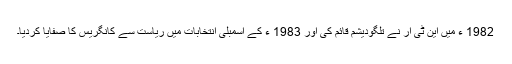
1982 ء میں این ٹی آر نے تلگودیشم قائم کی اور 1983 ء کے اسمبلی انتخابات میں ریاست سے کانگریس کا صفایا کردیا۔